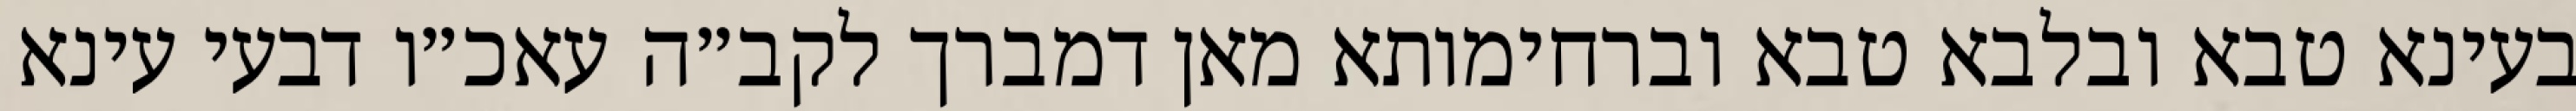
בעינא טבא ובלבא טבא וברחימותא מאן דמברך לקב״ה עאכ״ו דבעי עינא